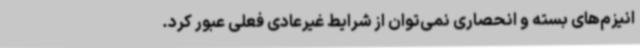
انیزم‌های بسته و انحصاری نمی‌توان از شرایط غیرعادی فعلی عبور کرد.